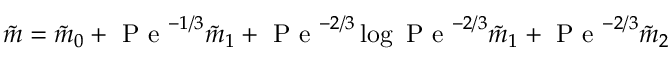
\tilde { m } = \tilde { m } _ { 0 } + \mathrm { ~ P ~ e ~ } ^ { - 1 / 3 } \tilde { m } _ { 1 } + \mathrm { ~ P ~ e ~ } ^ { - 2 / 3 } \log \mathrm { ~ P ~ e ~ } ^ { - 2 / 3 } \tilde { m } _ { 1 } + \mathrm { ~ P ~ e ~ } ^ { - 2 / 3 } \tilde { m } _ { 2 }